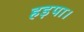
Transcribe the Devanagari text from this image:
हड़पा।